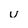
Character: u